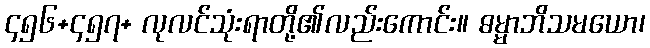
၄၅၆+၄၅၇+ လုလင်သုံးရာတို့၏လည်းကောင်း။ ဓမ္မာဘိသမယော၊